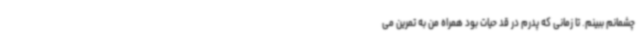
چشمانم ببینم. تا زمانی که پدرم در قد حیات بود همراه من به تمرین می